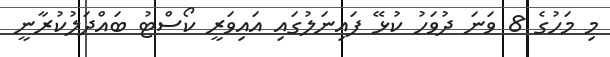
މި މަހުގެ 8 ވަނަ ދުވަހު ކުޅޭ ފައިނަލުުގައި އައިވަރީ ކޯސްޓު ބައްދަލުކުރާނީ